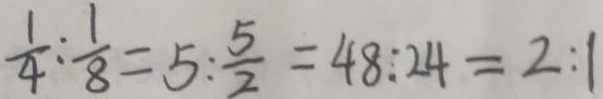
\frac { 1 } { 4 } : \frac { 1 } { 8 } = 5 : \frac { 5 } { 2 } = 4 8 : 2 4 = 2 : 1